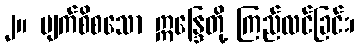
၂။ မျက်စိစသော ဣန္ဒြေတို့ ကြည်လင်ခြင်း၊